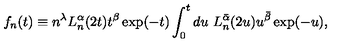
f _ { n } ( t ) \equiv n ^ { \lambda } L _ { n } ^ { \alpha } ( 2 t ) t ^ { \beta } \exp ( - t ) \int _ { 0 } ^ { t } d u \ L _ { n } ^ { \bar { \alpha } } ( 2 u ) u ^ { \bar { \beta } } \exp ( - u ) ,